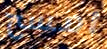
امسح